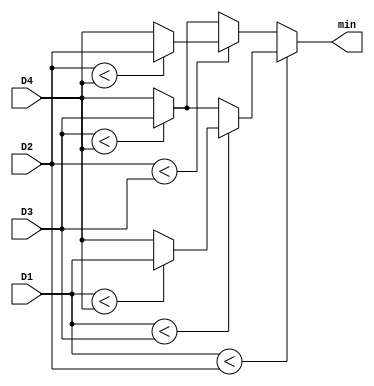
`timescale 1ns / 1ps
//////////////////////////////////////////////////////////////////////////////////
// Company: 
// Engineer: 
// 
// Design Name: 
// Module Name: Min
// Project Name: 
// Target Devices: 
// Tool Versions: 
// Description: 
// 
// Dependencies: 
// 
// Revision:
// Revision 0.01 - File Created
// Additional Comments:
// 
//////////////////////////////////////////////////////////////////////////////////


module Min(
    input [9:0] D1,
    input [9:0] D2,
    input [9:0] D3,
    input [9:0] D4,
    output [9:0] min
    );
    
    assign min = (D1 < D2) ? (
                              (D1 < D3) ? (
                                           (D1 < D4) ? 
                                                       D1 
                                                     : D4
                                          )
                                        : (
                                           (D3 < D4) ?
                                                       D3 
                                                     :  D4
                                          )
                             )
                           : (
                              (D2 < D3) ? (
                                           (D2 < D4) ? 
                                                       D2 
                                                     : D4
                                          )
                                        : (
                                           (D3 < D4) ?
                                                       D3 
                                                     : D4
                                          )
                             );                              
                                                                        
endmodule